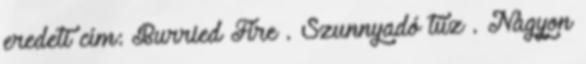
eredeti cím: Burried Fire . Szunnyadó tűz . Nagyon